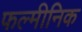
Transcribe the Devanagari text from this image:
फल्मीनिक